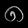
Digit: ၈